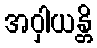
အဝှါယန္တိ